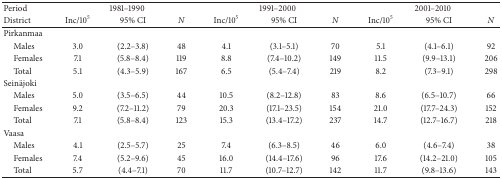
| Period | <COLSPAN=3> 1981–1990 | <COLSPAN=3> 1991–2000 | <COLSPAN=3> 2001–2010 |
 | District | Inc/105 | 95% CI | N | Inc/105 | 95% CI | N | Inc/105 | 95% CI | N |
 | --- | --- | --- | --- | --- | --- | --- | --- | --- | --- |
 | Pirkanmaa |  |  |  |  |  |  |  |  |  |
 | Males | 3.0 | (2.2–3.8) | 48 | 4.1 | (3.1–5.1) | 70 | 5.1 | (4.1–6.1) | 92 |
 | Females | 7.1 | (5.8–8.4) | 119 | 8.8 | (7.4–10.2) | 149 | 11.5 | (9.9–13.1) | 206 |
 | Total | 5.1 | (4.3–5.9) | 167 | 6.5 | (5.4–7.4) | 219 | 8.2 | (7.3–9.1) | 298 |
 | Seinäjoki |  |  |  |  |  |  |  |  |  |
 | Males | 5.0 | (3.5–6.5) | 44 | 10.5 | (8.2–12.8) | 83 | 8.6 | (6.5–10.7) | 66 |
 | Females | 9.2 | (7.2–11.2) | 79 | 20.3 | (17.1–23.5) | 154 | 21.0 | (17.7–24.3) | 152 |
 | Total | 7.1 | (5.8–8.4) | 123 | 15.3 | (13.4–17.2) | 237 | 14.7 | (12.7–16.7) | 218 |
 | Vaasa |  |  |  |  |  |  |  |  |  |
 | Males | 4.1 | (2.5–5.7) | 25 | 7.4 | (6.3–8.5) | 46 | 6.0 | (4.6–7.4) | 38 |
 | Females | 7.4 | (5.2–9.6) | 45 | 16.0 | (14.4–17.6) | 96 | 17.6 | (14.2–21.0) | 105 |
 | Total | 5.7 | (4.4–7.1) | 70 | 11.7 | (10.7–12.7) | 142 | 11.7 | (9.8–13.6) | 143 |